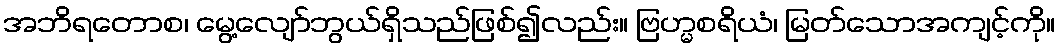
အဘိရတောစ၊ မွေ့လျော်ဘွယ်ရှိသည်ဖြစ်၍လည်း။ ဗြဟ္မစရိယံ၊ မြတ်သောအကျင့်ကို။